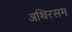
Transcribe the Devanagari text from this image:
अथिरसम